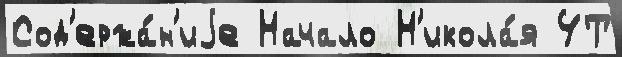
Сод'ержа́н'иjе Начало Н'икола́я 4Т